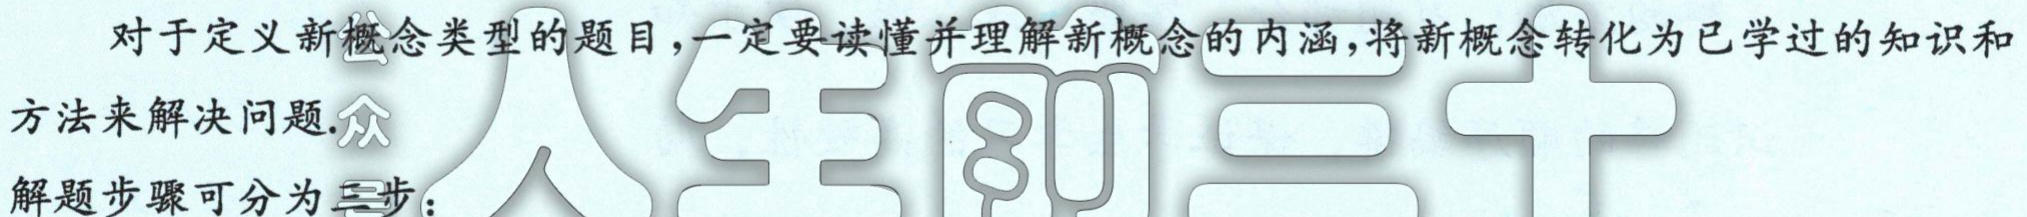
对于定义新概念类型的题目，一定要读懂并理解新概念的内涵，将新概念转化为已学过的知识和

方法来解决问题.

解题步骤可分为 步：